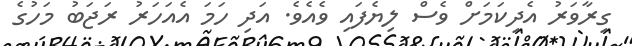
ގިރާވަރު އެދިކަމަށް ވެސް ލިޔެފައި ވެއެވެ. އަދި ހަމަ އެއަހަރު ރަޖަބު މަހުގެ